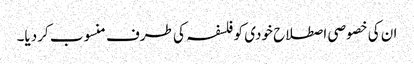
ان کی خصوصی اصطلاح خودی کو فلسفہ کی طرف منسوب کردیا۔